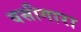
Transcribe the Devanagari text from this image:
वसीगारा